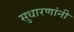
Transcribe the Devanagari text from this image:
सुधारणांनी